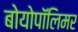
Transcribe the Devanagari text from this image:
बोयोपॉलिमर